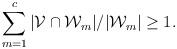
LaTeX: \begin{align*} \sum_{m=1}^{c}|\mathcal {V}\cap\mathcal {W}_{m}|/|\mathcal {W}_{m}|\geq1.\end{align*}